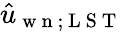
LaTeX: \hat{u}_{\mathrm{~w~n~};\mathrm{~L~S~T~}}